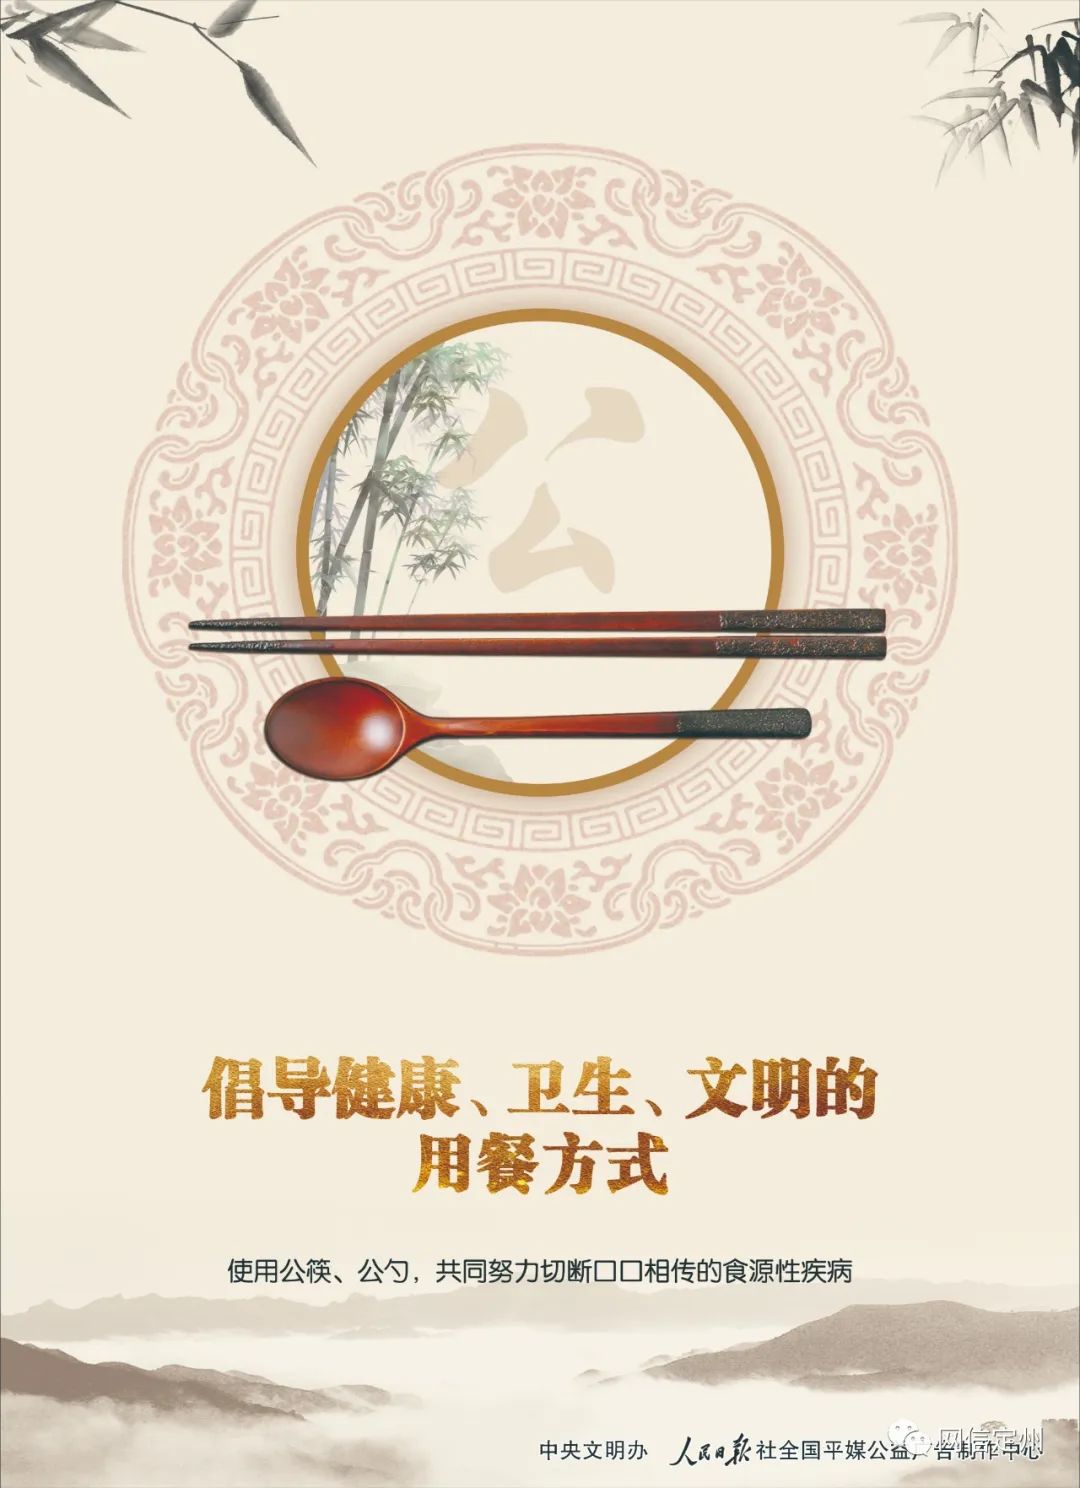
流丸止于瓯臾，流言止于知者